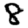
Digit: 8